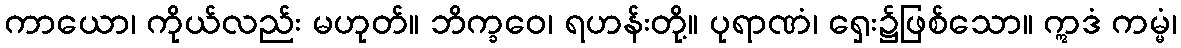
ကာယော၊ ကိုယ်လည်း မဟုတ်။ ဘိက္ခဝေ၊ ရဟန်းတို့။ ပုရာဏံ၊ ရှေး၌ဖြစ်သော။ ဣဒံ ကမ္မံ၊